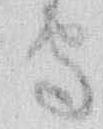
守